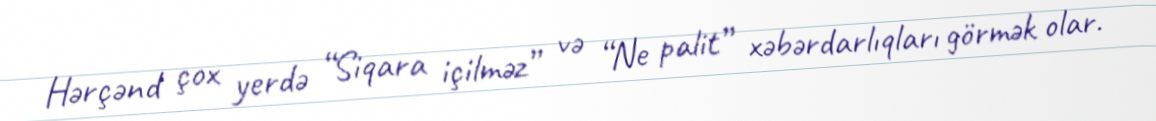
Hərçənd çox yerdə “Siqara içilməz” və “Ne palit” xəbərdarlıqları görmək olar.